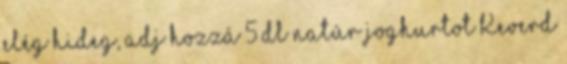
elég hideg, adj hozzá 5 dl natúr joghurtot Keverd